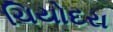
ચિયોદરા